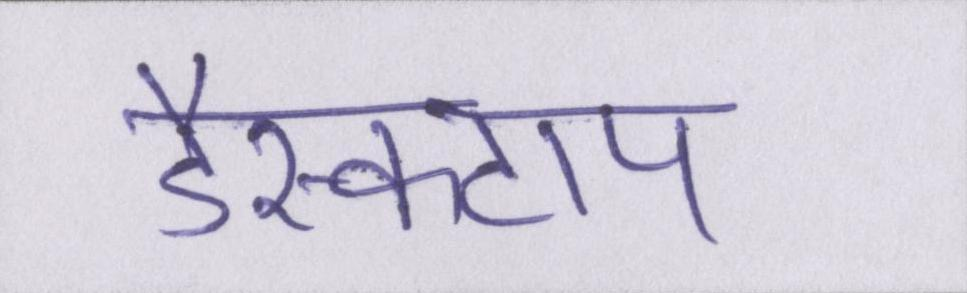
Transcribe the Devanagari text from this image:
डैस्कटाप